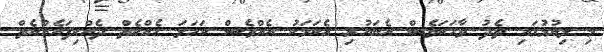
މި ލިޔުމުގައި ތެދު ވާހަކަވެސް އެބަހުރި އެކަމަކު އެއްވެސް ކަހަލަ ހެއްކެތް ދެއްކިފައެއްނެތް